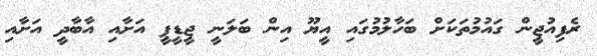
ރެފިއުޖީން ގައުމުތަކަށް ބަހާލުމުގައި އީޔޫ އިން ބަލަނީ ޖީޑީޕީ އަށާއި އާބާދީ އަށާއި